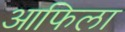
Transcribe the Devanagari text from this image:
आफिला